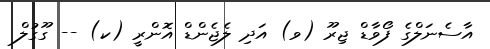
އާސެނަލްގެ ފޯވާޑް ޖިރޫ (ވ) އަދި ލެޖެންޑް އޮންރީ (ކ) -- ގޫގުލް